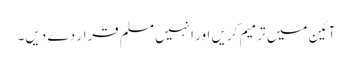
آئین میں ترمیم کریں اور انہیں مسلم قرار دے دیں۔